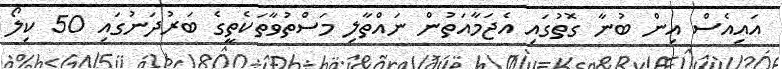
އައިއެސް އިން ބުނާ ގޮތުގައި އެޖަމާއަތުން ނައްތާލި މަސްތުވާތަކެތީގެ ބަރުދަނުގައި 50 ކިލޯ